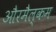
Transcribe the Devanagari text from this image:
औरमैल्कम